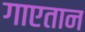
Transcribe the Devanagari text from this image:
गाएतान